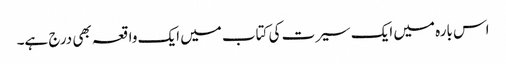
اس بارہ میں ایک سیرت کی کتاب میں ایک واقعہ بھی درج ہے۔